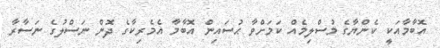
އޮބާމާއަކީ ކެންޔާގެ މުސްލިމެއް ކަމަށްވާ ޙުސައިން އޮބާމާ އެމެރިކާގެ ދޮން ނަސްލުގެ ނަސާރާ